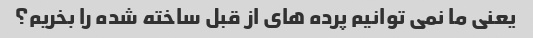
یعنی ما نمی توانیم پرده های از قبل ساخته شده را بخریم؟